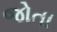
જોતા